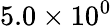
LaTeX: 5.0\times 10^{0}